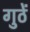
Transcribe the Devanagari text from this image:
गुठें